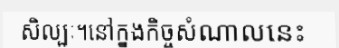
សិល្បៈ។នៅក្នុងកិច្ចសំណាលនេះ